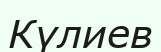
Күлиев